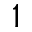
^ 1